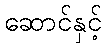
ဆောင်နှင့်